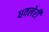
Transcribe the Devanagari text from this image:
धवलेरी